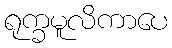
ရုက္ခမူလိကာပေ